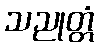
သညုတ္တံ